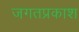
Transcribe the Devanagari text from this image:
जगतप्रकाश